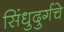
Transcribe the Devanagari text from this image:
सिंधुदुर्गचे